Board of Education Examinations in Art and in Science and Technology, and Examinations of the City and Guilds of London Institute, 1919, 1919
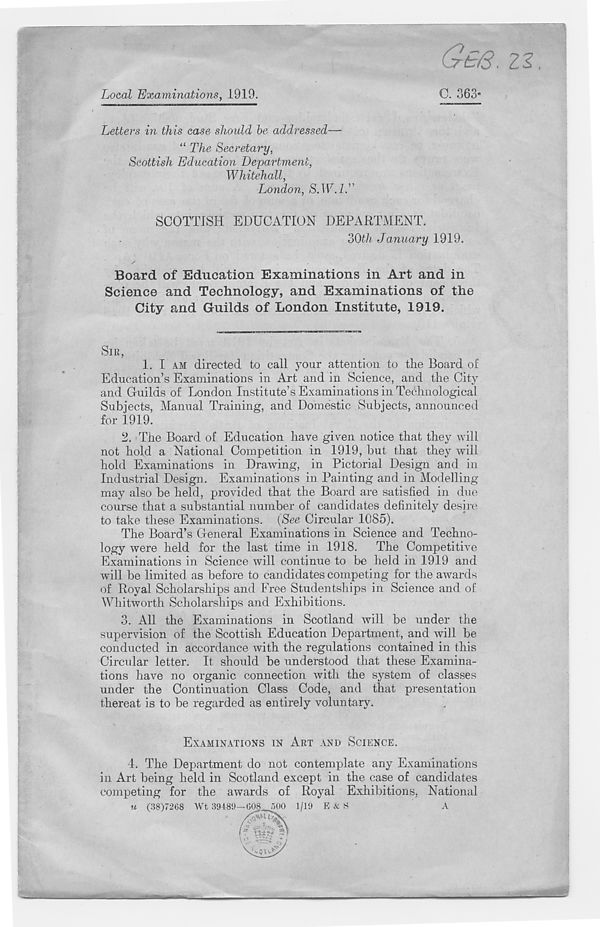
Local Examinations, 1919.
(jrfc/S- 22,
C. 363-
Letters in this case should be addressed—
“ The Secretary,
Scottish Education Department,
Whitehall,
London, S.W.IT
SCOTTISH EDUCATION DEPARTMENT.
30th January 1919.
Board of Education Examinations in Art and in
Science and Technology, and Examinations of the
City and Guilds of London Institute, 1919.
SIR,
1.
I AM directed to call y
Education’s Examinations in Art and in Science, and the City
and Guilds of London Institute’s Examinations in Technological
Subjects, Manual Training, and Domestic Subjects, announced
for 1919.
2. The Board of Education have given notice that they will
not hold a National Competition in 1919, but that they will
hold Examinations in Drawing, in Pictorial Design and in
Industrial Design. Examinations in Painting and in Modelling
may also he held, provided that the Board are satisfied in due
course that a substantial number of candidates definitely desire
to take these Examinations. [See Circular 1085).
The Board’s General Examinations in Science and Techno-
logy were held for the last time in 1918. The Competitive
Examinations in Science will continue to be held in 1919 and
will be limited as before to candidates competing for the awards
of Royal Scholarships and Free Studentships in Science and of
Whitworth Scholarships and Exhibitions.
3. All the Examinations in Scotland will be under the
supervision of the Scottish Education Department, and will be
conducted in accordance with the regulations contained in this
Circular letter. It should be understood that these Examina-
tions have no organic connection with the system of classes
under the Continuation Class Code, and that presentation
thereat is to be regarded as entirely voluntary.
EXAMINATIONS IN ART AND SCIENCE.
4.
The Department do not conte
in Art being held in Scotland except in the case of candidates
competing for the awards of Royal Exhibitions, National
u (38)7268 Wt 39489—608 500 1/19 E & S
A